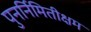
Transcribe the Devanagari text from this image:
पुनर्निमितीक्षम